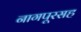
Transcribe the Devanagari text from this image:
नागपूरसह